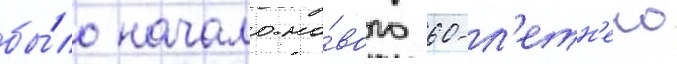
бы́ло начало но́вого 60-л'етн'его